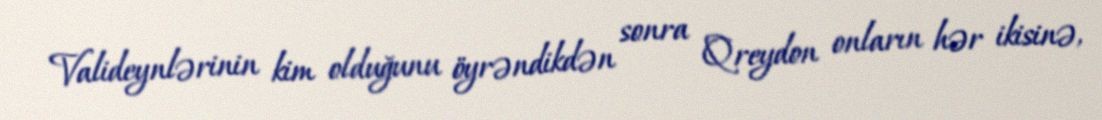
Valideynlərinin kim olduğunu öyrəndikdən sonra Qreydon onların hər ikisinə,